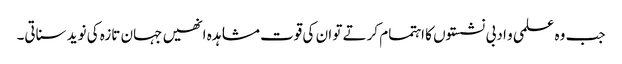
جب وہ علمی و ادبی نشستوں کا اہتمام کرتے تو ان کی قوت مشاہدہ انھیں جہان تازہ کی نوید سناتی۔